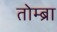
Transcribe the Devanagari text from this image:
तोम्ब्रा